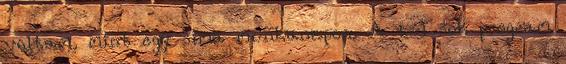
voltam, mint egy sima munkanapon. A túl sok program